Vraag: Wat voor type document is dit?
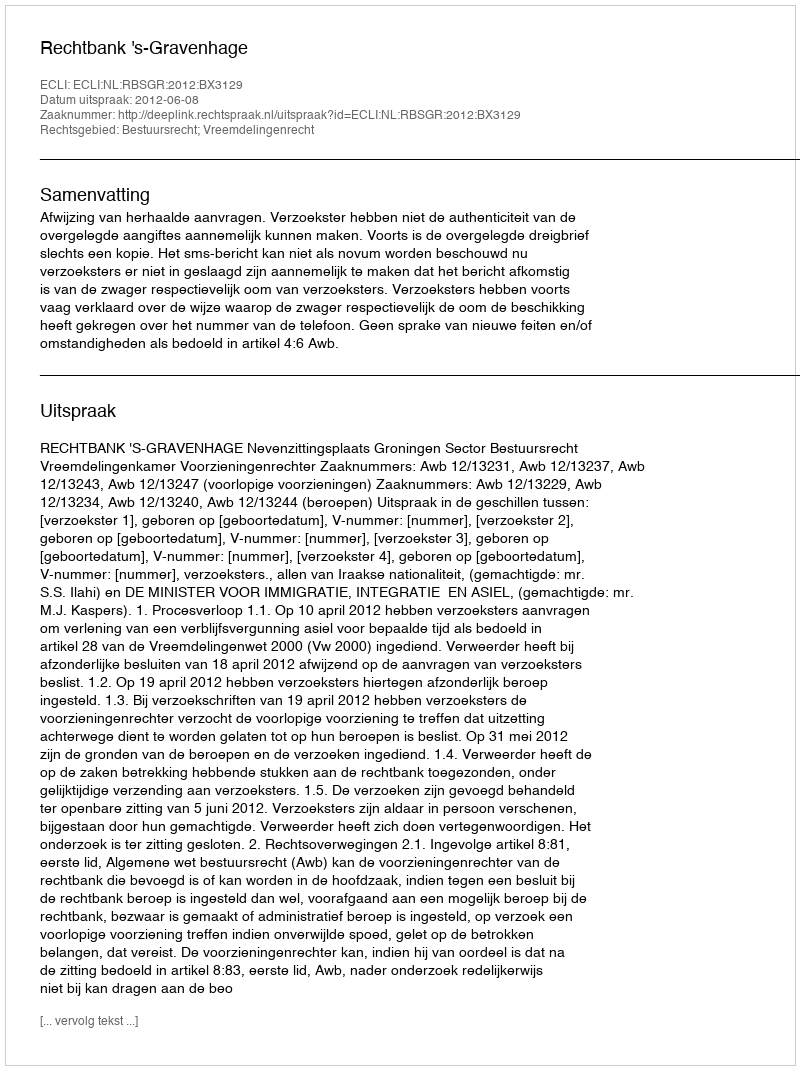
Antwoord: Uitspraak